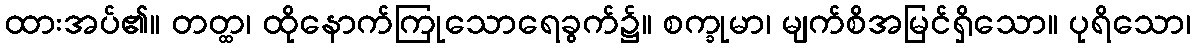
ထားအပ်၏။ တတ္ထ၊ ထိုနောက်ကြုသောရေခွက်၌။ စက္ခုမာ၊ မျက်စိအမြင်ရှိသော။ ပုရိသော၊